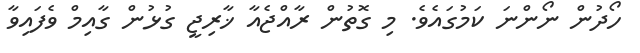
ހޯދުން ނޯންނަ ކަމުގައެވެ. މި ގޮތުން ރާއްޖެއާ ޚާރިޖީ ގުޅުން ގާއިމް ވެފައިވާ